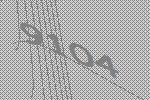
9104